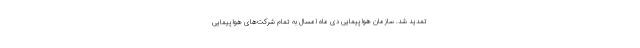
تمدید شد. سازمان هواپیمایی دی ماه امسال به تمام شرکت‌های هواپیمایی